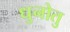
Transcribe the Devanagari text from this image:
धुनोतु